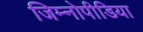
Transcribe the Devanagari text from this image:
जिम्नोपीडिया